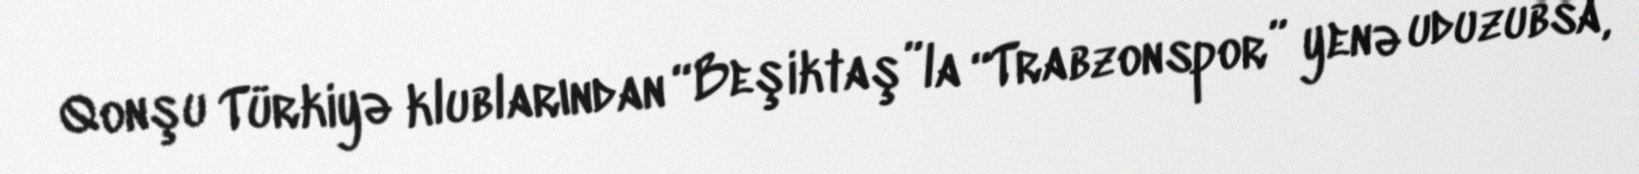
Qonşu Türkiyə klublarından “Beşiktaş”la “Trabzonspor” yenə uduzubsa,